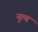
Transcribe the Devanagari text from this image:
नुत्य